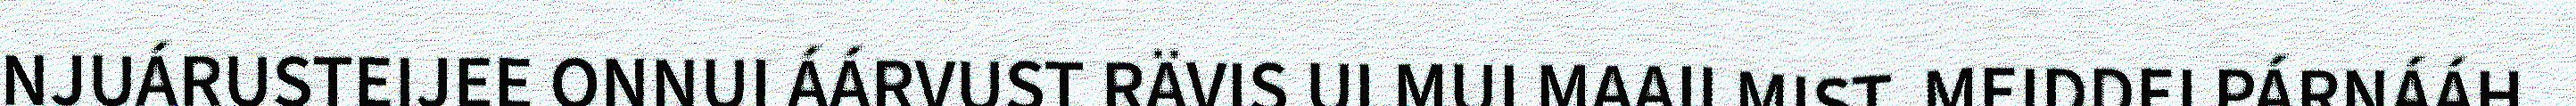
NJUÁRUSTEIJEE ONNUI ÁÁRVUST RÄVIS ULMUI MAAILMIST. MEIDDEI PÁRNÁÁH